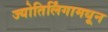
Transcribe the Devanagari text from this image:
ज्योतिर्लिंगामधून